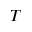
T